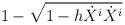
LaTeX: \begin{align*}1 - \sqrt{ 1 - h \dot{X}^i \dot{X}^i } \,\end{align*}